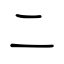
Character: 二